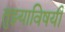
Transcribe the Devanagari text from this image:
तुझ्याविषयी